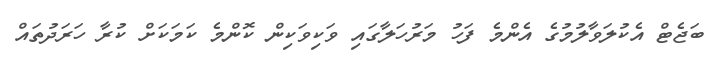
ބަޖެޓް އެކުލަވާލުމުގެ އެންމެ ފަހު މަރުހަލާގައި ވަކިވަކިން ކޮންމެ ކަމަކަށް ކުރާ ހަރަދުތައް